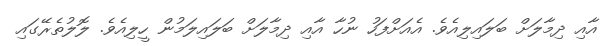
އާއި ދިމާލަށް ބަލައިލިއެވެ. އެއަށްފަހު ނުހާ އާއި ދިމާލަށް ބަލައިލަމުން ހީލިއެވެ. ލޮލުތެރޭގައި